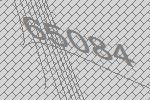
65084